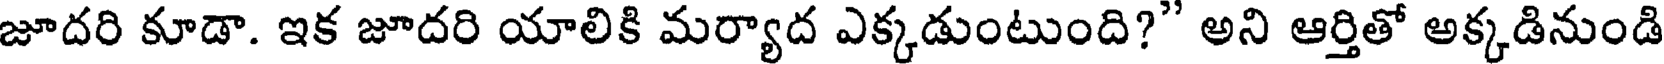
జూదరి కూడా. ఇక జూదరి యాలికి మర్యాద ఎక్కడుంటుంది?" అని ఆర్తితో అక్కడినుండి